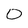
Character: O